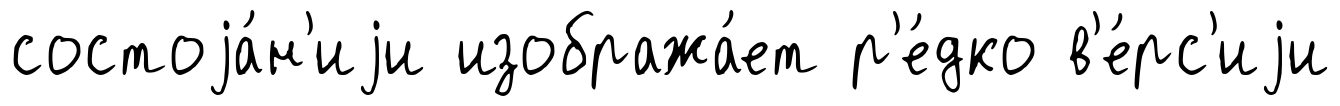
состоjа́н'иjи изобража́ет р'е́дко в'е́рс'иjи